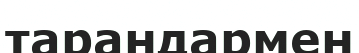
тарандармен